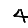
Digit: 4